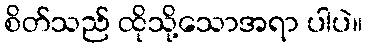
စိတ်သည် ထိုသို့သောအရာ ပါပဲ။